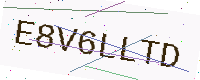
Text: E8V6LLTD